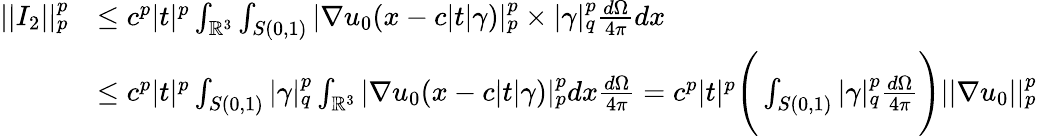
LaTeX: \begin{array}{rl}{||I_{2}||_{p}^{p}}&{\leq c^{p}|t|^{p}\int_{\mathbb{R}^{3}}\int_{S(0,1)}|\nabla u_{0}(x-c|t|\gamma)|_{p}^{p}\times|\gamma|_{q}^{p}\frac{d\Omega}{4\pi}dx}\\ &{\leq c^{p}|t|^{p}\int_{S(0,1)}|\gamma|_{q}^{p}\int_{\mathbb{R}^{3}}|\nabla u_{0}(x-c|t|\gamma)|_{p}^{p}dx\frac{d\Omega}{4\pi}=c^{p}|t|^{p}\Bigg(\int_{S(0,1)}|\gamma|_{q}^{p}\frac{d\Omega}{4\pi}\Bigg)||\nabla u_{0}||_{p}^{p}}\end{array}